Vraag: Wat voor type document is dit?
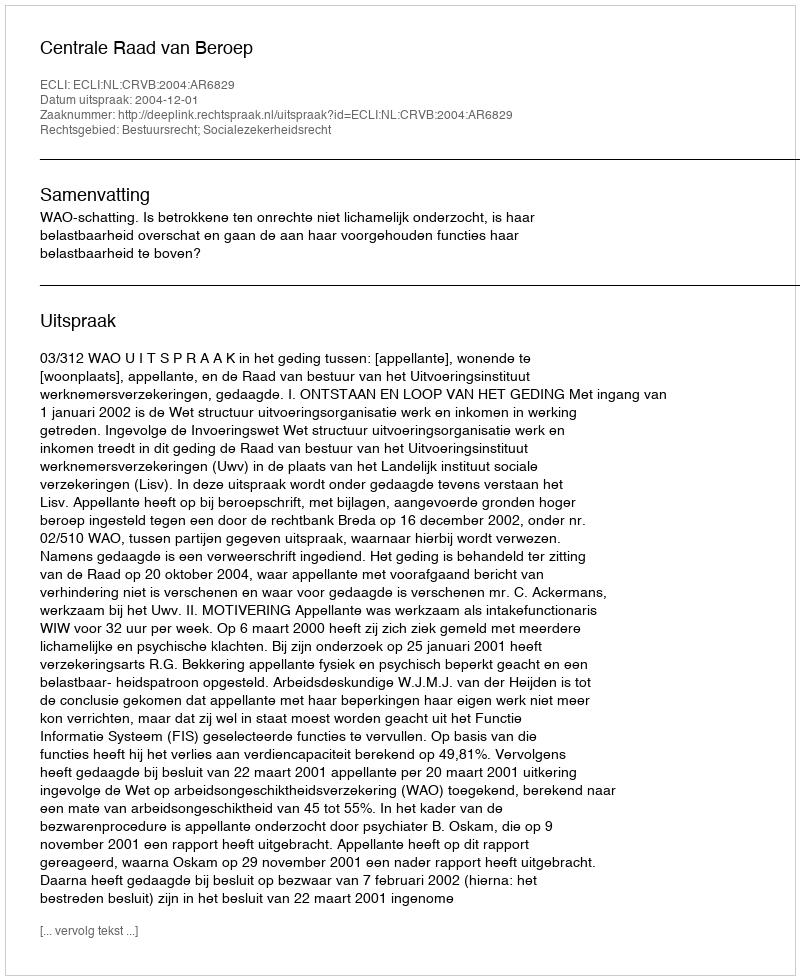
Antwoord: Uitspraak